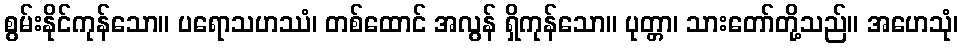
စွမ်းနိုင်ကုန်သော။ ပရောသဟဿံ၊ တစ်ထောင် အလွန် ရှိကုန်သော။ ပုတ္တာ၊ သားတော်တို့သည်။ အဟေသုံ၊